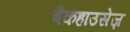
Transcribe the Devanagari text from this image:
बैकहाउसेज़